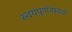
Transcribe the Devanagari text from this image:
स्वयंपूर्णतेसाठी